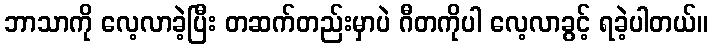
ဘာသာကို လေ့လာခဲ့ပြီး တဆက်တည်းမှာပဲ ဂီတကိုပါ လေ့လာခွင့် ရခဲ့ပါတယ်။